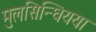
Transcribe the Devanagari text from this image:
मुलसिन्धियया